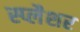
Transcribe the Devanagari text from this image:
स्प्लैशर